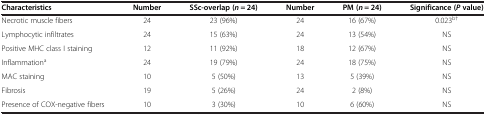
| Characteristics | Number | SSc-overlap (n = 24) | Number | PM (n = 24) | Significance (P value) |
 | --- | --- | --- | --- | --- | --- |
 | Necrotic muscle fibers | 24 | 23 (96%) | 24 | 16 (67%) | 0.023b† |
 | Lymphocytic infiltrates | 24 | 15 (63%) | 24 | 13 (54%) | NS |
 | Positive MHC class I staining | 12 | 11 (92%) | 18 | 12 (67%) | NS |
 | Inflammationa | 24 | 19 (79%) | 24 | 18 (75%) | NS |
 | MAC staining | 10 | 5 (50%) | 13 | 5 (39%) | NS |
 | Fibrosis | 19 | 5 (26%) | 24 | 2 (8%) | NS |
 | Presence of COX-negative fibers | 10 | 3 (30%) | 10 | 6 (60%) | NS |